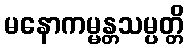
မနောကမ္မန္တသမ္ပတ္တိ